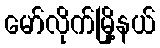
မော်လိုက်မြို့နယ်